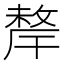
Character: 𢿂